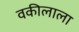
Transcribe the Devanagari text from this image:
वकीलाला